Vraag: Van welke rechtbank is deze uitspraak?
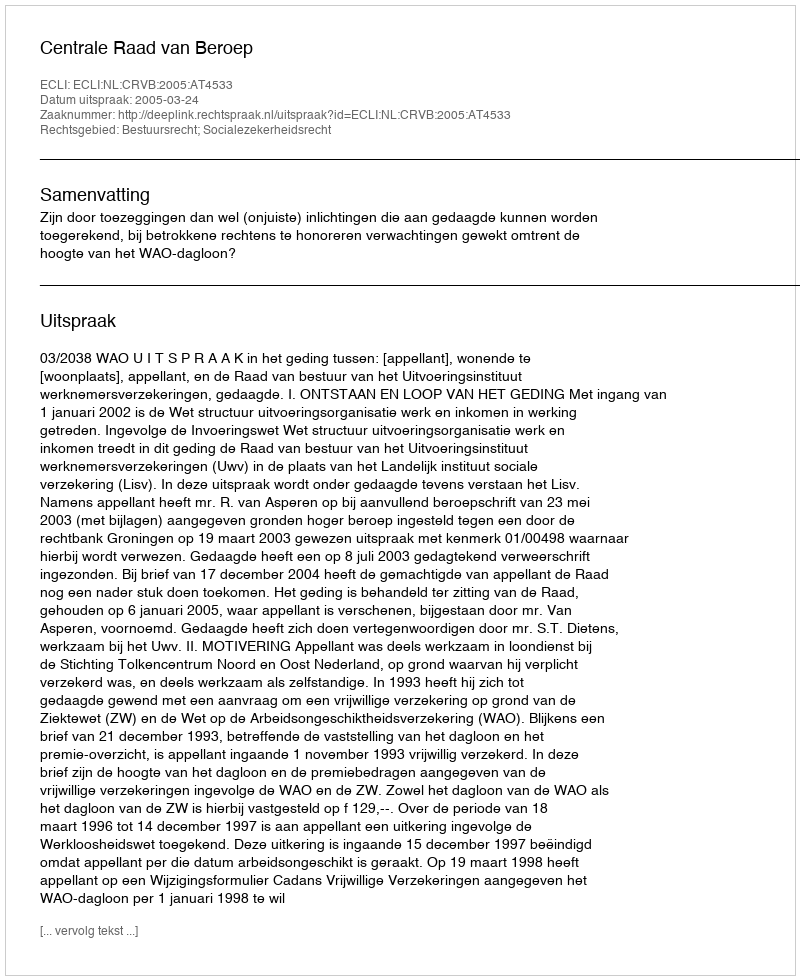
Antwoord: Centrale Raad van Beroep